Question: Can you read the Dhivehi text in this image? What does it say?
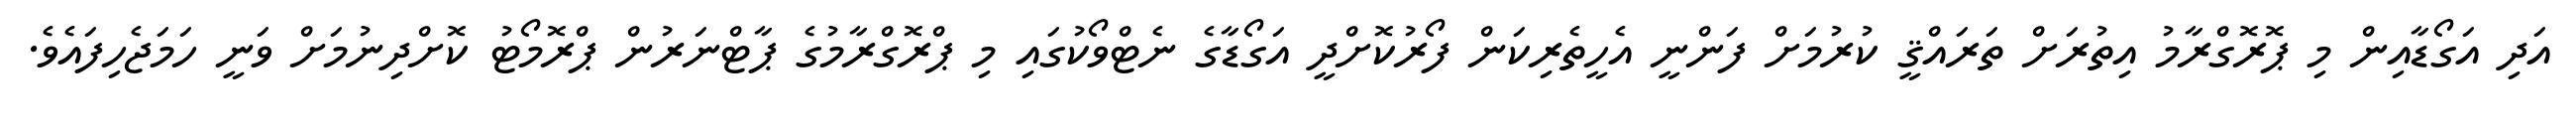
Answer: އަދި އަގޯޑާއިން މި ޕޮރޮގްރާމު އިތުރަށް ތަރައްޤީ ކުރުމަށް ފަންނީ އެހީތެރިކަން ފޯރުކޮށްދީ އަގޯޑާގެ ނެޓްވޯކުގައި މި ޕްރޮގްރާމުގެ ޕާޓްނަރުން ޕްރޮމޯޓު ކޮށްދިނުމަށް ވަނީ ހަމަޖެހިފައެވެ.